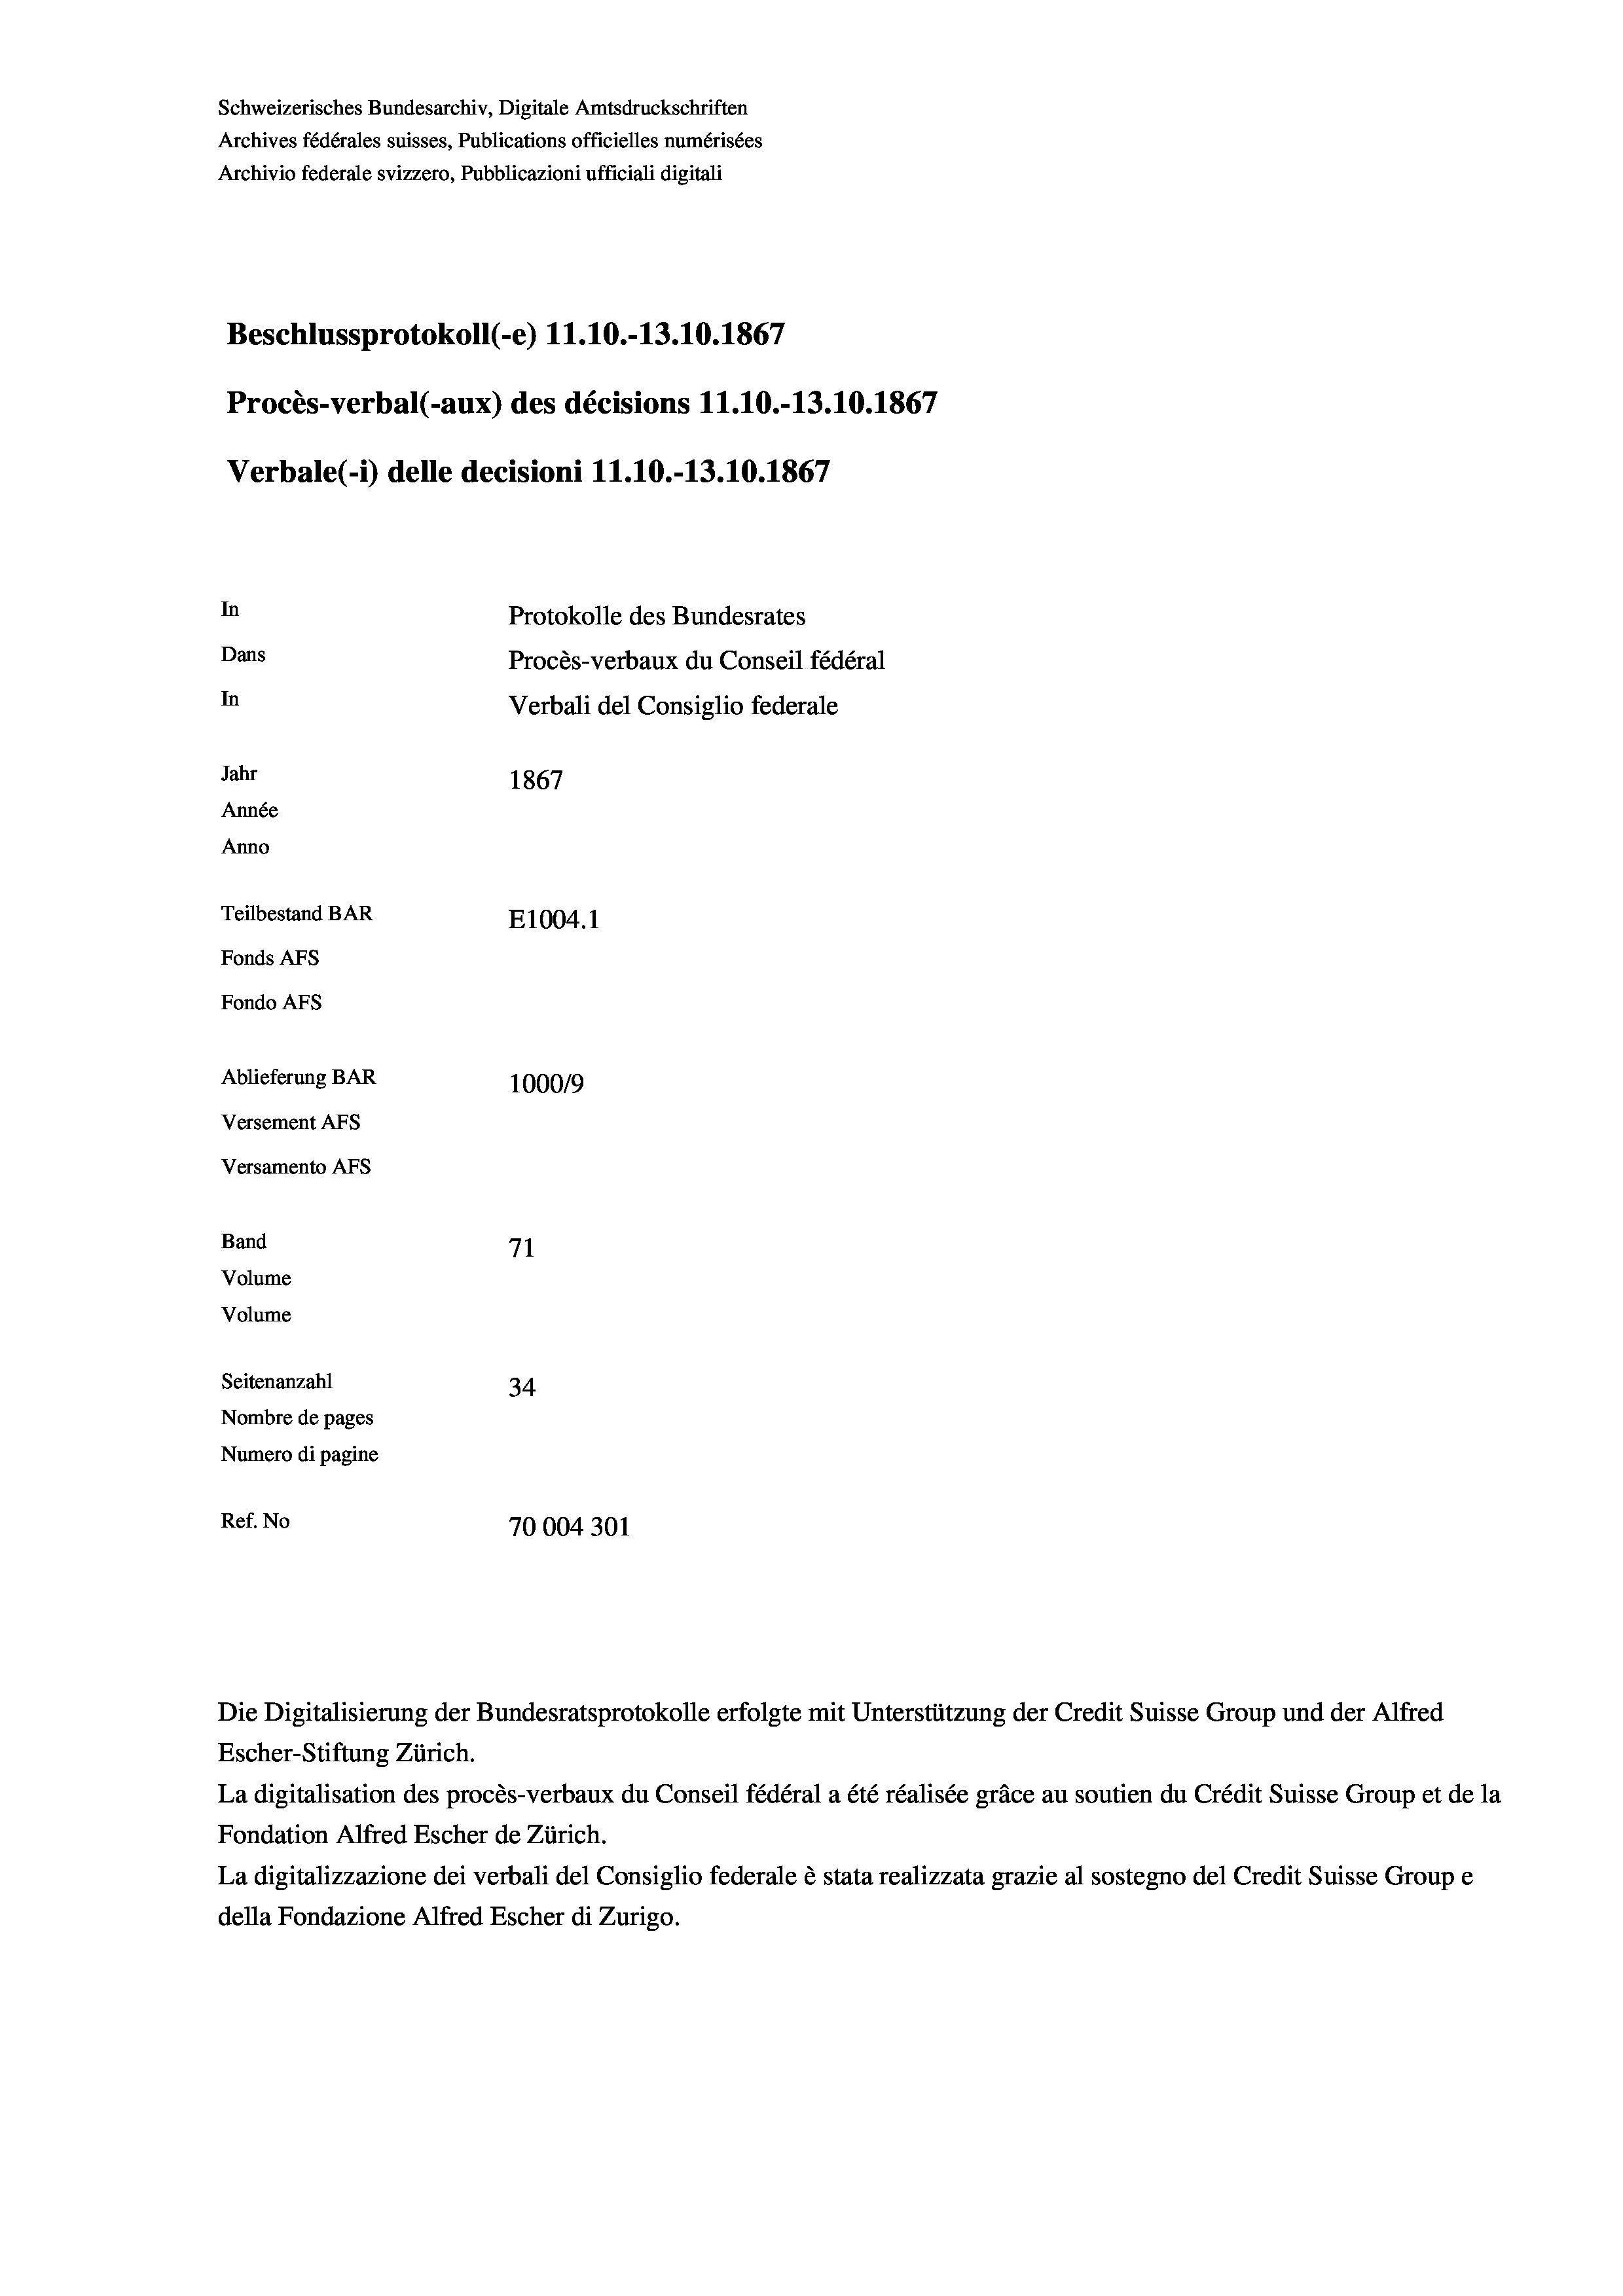
Schweizerisches Bundesarchiv, Digitale Amtsdruckschriften
Archives fédérales suisses, Publications officielles numérisées
Archivio federale svizzero, Pubblicazioni ufficiali digitali
Beschlussprotokoll (-e) 11.10.-13.10.1867
Procès-verbal (-aux) des décisions 11.10.-13.10.1867
Verbale (1) delle decisioni 11.10.-13.10.1867
In
Protokolle des Bundesrates
Dans
Procès-verbaux du Conseil fédéral
In
Verbali del Consiglio federale
Jahr
1867
Année
Anno
Teilbestand BAR
E1004. 1
Fonds AFs
Fondo Afs
Ablieferung BAR
100019
Versement Ans
Versamento Afs
Band
71
Volume
Volume
Seitenanzahl
34
Nombre de pages
Numero di pagine
Ref. No
70004301

Escher-Stiftung Zürich.
La digitalisation des procès-verbaux du Conseil fédéral a été réalisée gräce au soutien du Crédit Suisse Group et de la
Fondation Alfred Escher de Zürich.
La digitalizzazione dei verbali del Consiglio federale è stata realizzata grazie al sostegno del Credit Suisse Groupe
della Fondazione Alfred Escher di Zurigo.

Die Digitalisierung der Bundesratsprotokolle erfolgte mit Unterstützung der Credit Suisse Group und der Alfred